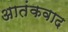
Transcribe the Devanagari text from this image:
अातंकवाद